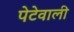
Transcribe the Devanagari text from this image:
पेटेवाली